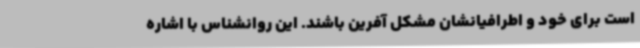
است برای خود و اطرافیانشان مشکل آفرین باشند. این روانشناس با اشاره